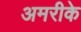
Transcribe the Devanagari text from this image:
अमरीके